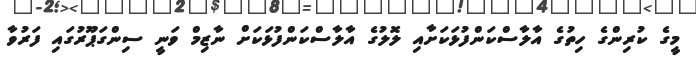
މީގެ ކުރިންގެ ހިތުގެ އާލާސްކަންފުޅަކަށާއި ލޮލުގެ އާލާސްކަންފުޅަކަށް ނާޒިމް ވަނީ ސިންގަޕޫރުގައި ފަރުވާ